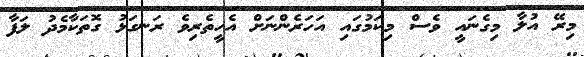
މިރޭ އުލާ މިގެނައީ ވެސް މިކަމުގައި އަހަރެންނަށް އެހީތެރިވެ ރަނގަޅު ގޮތަކާމެދު ލަފާ